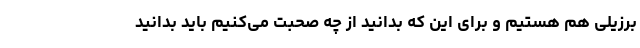
برزیلی هم هستیم و برای این که بدانید از چه صحبت می‌کنیم باید بدانید